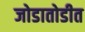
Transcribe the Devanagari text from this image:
जोडातोडीत